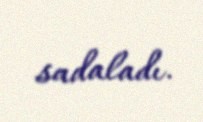
sadaladı.